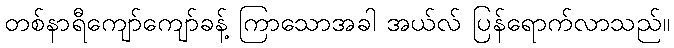
တစ်နာရီကျော်ကျော်ခန့် ကြာသောအခါ အယ်လ် ပြန်ရောက်လာသည်။